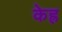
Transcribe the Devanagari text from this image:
केह्र